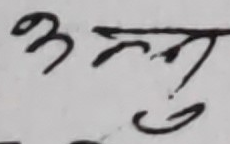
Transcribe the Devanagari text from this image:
अन्तु